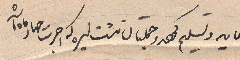
غايه وتسليم .... ليره....